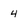
Character: 4